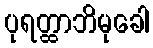
ပုရတ္ထာဘိမုခေါ